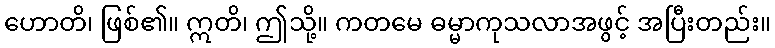
ဟောတိ၊ ဖြစ်၏။ ဣတိ၊ ဤသို့။ ကတမေ ဓမ္မာကုသလာအဖွင့် အပြီးတည်း။